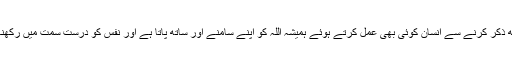
اس کے ساتھ ساتھ ذکر کرنے سے انسان کوئی بھی عمل کرتے ہوئے ہمیشہ اللہ کو اپنے سامنے اور ساتھ پاتا ہے اور نفس کو درست سمت میں رکھنا آسان ہوجاتا ہے۔